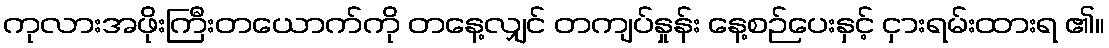
ကုလားအဖိုးကြီးတယောက်ကို တနေ့လျှင် တကျပ်နှုန်း နေ့စဉ်ပေးနှင့် ငှားရမ်းထားရ ၏။